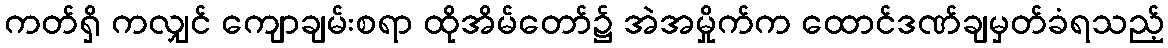
ကတ်ရှိ ကလျှင် ကျောချမ်းစရာ ထိုအိမ်တော်၌ အဲအမှိုက်က ထောင်ဒဏ်ချမှတ်ခံရသည့်